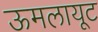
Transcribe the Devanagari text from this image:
ऊमलायूट